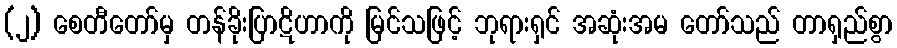
(၂) စေတီတော်မှ တန်ခိုးပြာဋိဟာကို မြင်သဖြင့် ဘုရားရှင် အဆုံးအမ တော်သည် တာရှည်စွာ